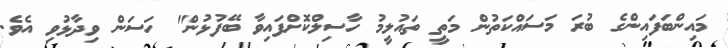
މައިންބަފައިންގެ ބުރަ މަސައްކަތުން މަތީ ތައުލީމު ހާސިލްކޮށްފައިވާ ބޭފުޅުން" ހަސަން ވިދާޅުވި އެވެ.